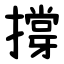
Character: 撐